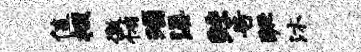
值掇徼侑瑙溪鲧告蹶沐